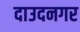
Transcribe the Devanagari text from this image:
दाउदनगर